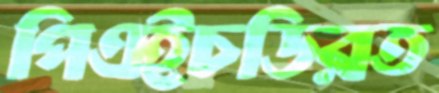
পিএইচডিরত